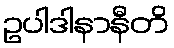
ဥပါဒါနာနီတိ